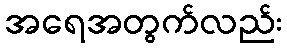
အရေအတွက်လည်း